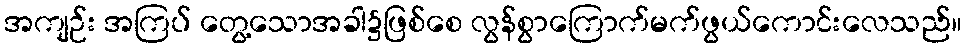
အကျဉ်း အကြပ် တွေ့သောအခါ၌ဖြစ်စေ လွန်စွာကြောက်မက်ဖွယ်ကောင်းလေသည်။